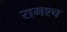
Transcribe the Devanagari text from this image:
रामश्च